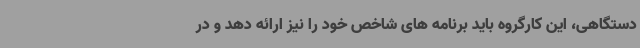
دستگاهی، این کارگروه باید برنامه های شاخص خود را نیز ارائه دهد و در